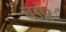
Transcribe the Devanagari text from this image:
नडोर